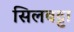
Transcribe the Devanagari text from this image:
सिलबट्टा